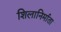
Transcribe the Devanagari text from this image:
शिलानिर्माता